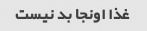
غذا اونجا بد نیست